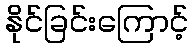
နိုင်ခြင်းကြောင့်